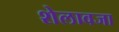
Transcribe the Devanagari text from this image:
शेलावजा